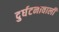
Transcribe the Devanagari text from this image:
दुर्घटनावाली